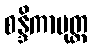
စန္ဒိကာပုတ္တ